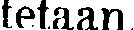
tetaan.